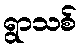
ရွာသစ်